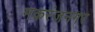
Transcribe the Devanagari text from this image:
मकरंजनगर